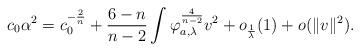
LaTeX: \begin{align*}c_{0}\alpha^{2}=c_{0}^{-\frac{2}{n}}+\frac{6-n}{n-2}\int \varphi_{a, \lambda}^{\frac{4}{n-2}}v^{2}+o_{\frac{1}{\lambda}}(1)+o(\Vert v \Vert^{2}).\end{align*}